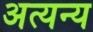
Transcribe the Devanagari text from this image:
अत्यन्य